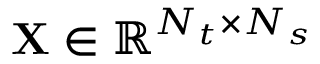
\mathbf { X } \in \mathbb { R } ^ { N _ { t } \times N _ { s } }